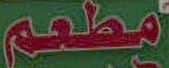
مطعم